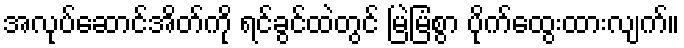
အလုပ်ဆောင်အိတ်ကို ရင်ခွင်ထဲတွင် မြဲမြံစွာ ပိုက်ထွေးထားလျက်။